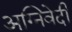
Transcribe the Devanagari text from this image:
अग्निवेदी